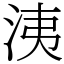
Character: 洟